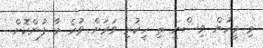
މި މީހުން ވިސްނީ ތި ހީކުރި ވަރަށް ވުރެ މާ ފުންކޮށް